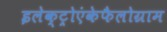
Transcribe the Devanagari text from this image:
इलेक्ट्रोएंकेफैलोग्राम